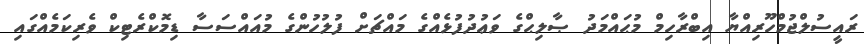
ރައީސުލްޖުމްހޫރިއްޔާ އިބްރާހިމް މުޙައްމަދު ޞާލިޙްގެ ވަޢުދުފުޅެއްގެ މައްޗަށް ފުލުހުންގެ މުއައްސަސާ ޑިމޮކްރެޓިކް ވެރިކަމެއްގައި